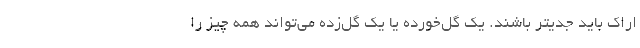
اراک باید جدیتر باشند. یک گل‌خورده یا یک گل‌زده می‌تواند همه چیز را